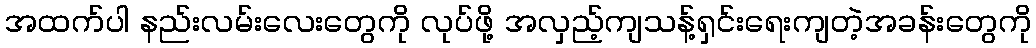
အထက်ပါ နည်းလမ်းလေးတွေကို လုပ်ဖို့ အလှည့်ကျသန့်ရှင်းရေးကျတဲ့အခန်းတွေကို